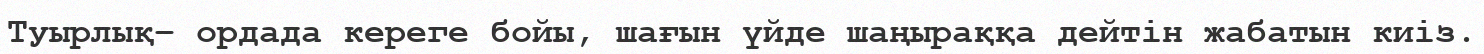
Туырлық– ордада кереге бойы, шағын үйде шаңыраққа дейтін жабатын киіз.